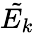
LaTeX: \tilde{E_{k}}